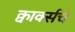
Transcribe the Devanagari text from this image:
क्वार्क्सचे